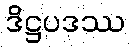
ဒိဋ္ဌပဒဿ